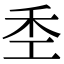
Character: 𫀧